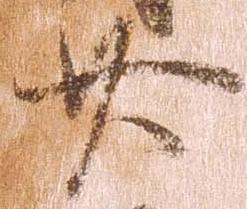
廿